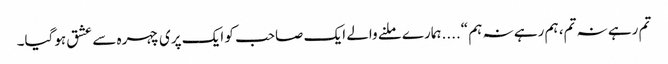
تم رہے نہ تم، ہم رہے نہ ہم “....ہمارے ملنے والے ایک صاحب کو ایک پری چہرہ سے عشق ہوگیا۔